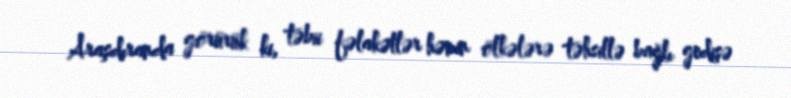
Araşdıranda görürük ki, təbii fəlakətlər həmin ölkələrə təhsillə bağlı gedişə